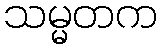
သမ္မတက